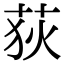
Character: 荻